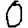
Digit: 0